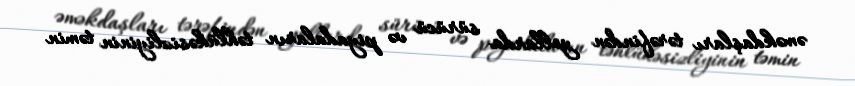
əməkdaşları tərəfindən yollarda sürücü və piyadaların təhlükəsizliyinin təmin